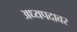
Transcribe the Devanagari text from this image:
अध्यपदावर